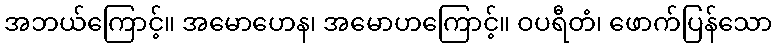
အဘယ်ကြောင့်။ အမောဟေန၊ အမောဟကြောင့်။ ဝပရီတံ၊ ဖောက်ပြန်သော